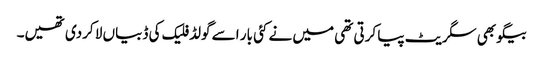
بیگو بھی سگریٹ پیا کرتی تھی میں نے کئی بار اسے گولڈ فلیک کی ڈبیاں لا کردی تھیں۔